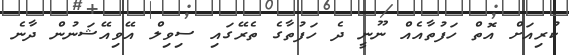
ކުރިއަށް އޮތް ހަފުތާއެއް ނޫނީ ދެ ހަފުތާގެ ތެރޭގައި ސިވިލް އޭވިއޭޝަނުން ދާނެ